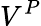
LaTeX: V^{P}